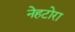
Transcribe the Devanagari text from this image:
नेहटोरा